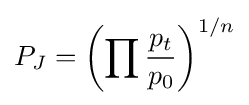
P_{J}=\left(\prod {\frac {p_{t}}{p_{0}}}\right)^{1/n}